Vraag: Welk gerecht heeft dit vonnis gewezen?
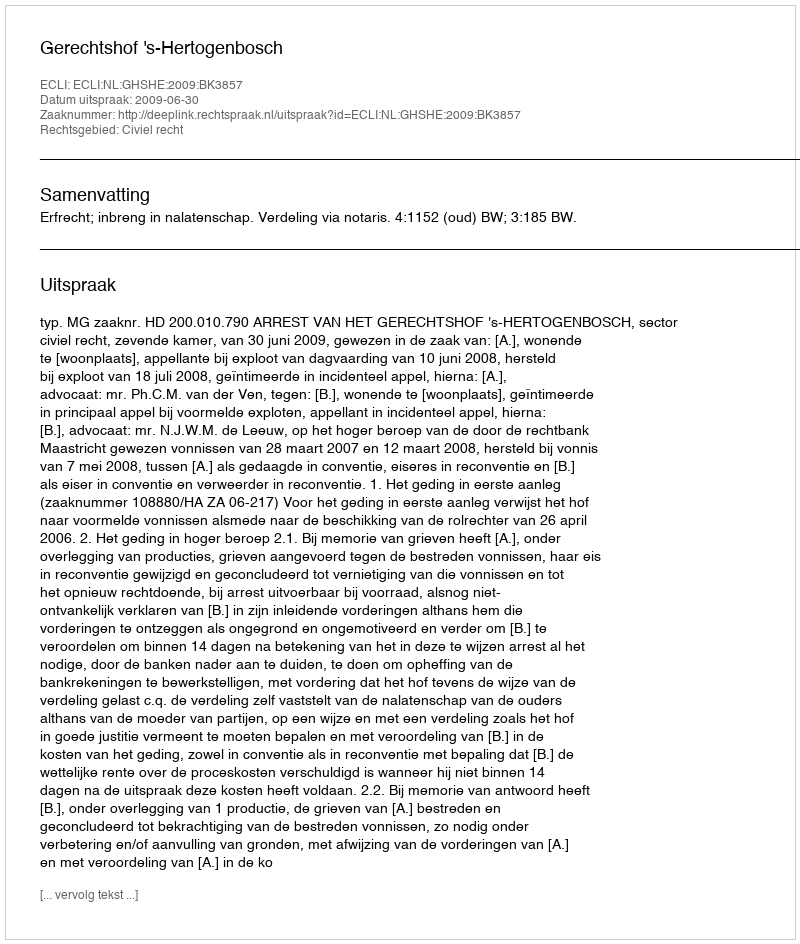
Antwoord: Gerechtshof 's-Hertogenbosch